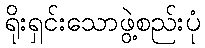
ရိုးရှင်းသောဖွဲ့စည်းပုံ